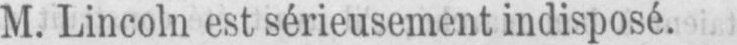
M. Lincoln est sérieusement indisposé.